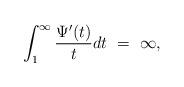
LaTeX: \begin{align*}\int_{1}^{\infty}\frac{\Psi'(t)}{t}dt \ =\ \infty , \end{align*}